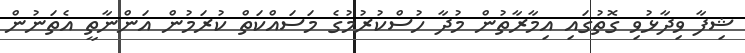
ޝިފާ ވިދާޅުވި ގޮތުގައި އިމާރާތުން މުދާ ހުސްކުރުމުގެ މަސައްކަތް ކުރަމުން އަންނާތީ އެތަނުން